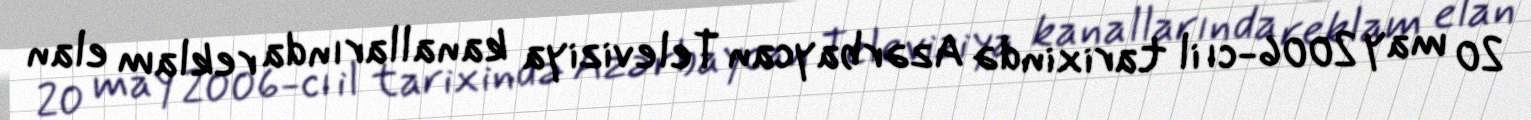
20 may 2006-cı il tarixində Azərbaycan Televiziya kanallarında reklam elan